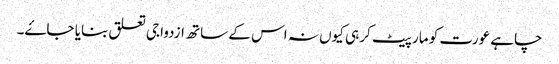
چاہے عورت کو مار پیٹ کر ہی کیوں نہ اس کے ساتھ ازدواجی تعلق بنایا جاۓ۔